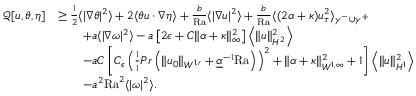
\begin{array} { r l } { \mathcal { Q } [ u , \theta , \eta ] } & { \geq \frac { 1 } { 2 } \langle | \nabla \theta | ^ { 2 } \rangle + 2 \langle \theta u \cdot \nabla \eta \rangle + \frac { b } { \mathrm { { R a } } } \langle | \nabla u | ^ { 2 } \rangle + \frac { b } { { \mathrm { R a } } } \langle ( 2 \alpha + \kappa ) u _ { \tau } ^ { 2 } \rangle _ { \gamma ^ { - } \cup \gamma ^ { + } } } \\ & { \qquad + a \langle | \nabla \omega | ^ { 2 } \rangle - a \left[ 2 \epsilon + C \| \alpha + \kappa \| _ { \infty } ^ { 2 } \right] \left\langle \| u \| _ { H ^ { 2 } } ^ { 2 } \right\rangle } \\ & { \qquad - a C \left[ C _ { \epsilon } \left( \frac { 1 } { 1 } { { P r } } \left( \| u _ { 0 } \| _ { W ^ { 1 , r } } + \underline { { \alpha } } ^ { - 1 } { \mathrm { R a } } \right) \right) ^ { 2 } + \| \alpha + \kappa \| _ { W ^ { 1 , \infty } } ^ { 2 } + 1 \right] \left\langle \| u \| _ { H ^ { 1 } } ^ { 2 } \right\rangle } \\ & { \qquad - a ^ { 2 } \mathrm { { R a } } ^ { 2 } \langle | \omega | ^ { 2 } \rangle . } \end{array}